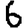
Digit: 6